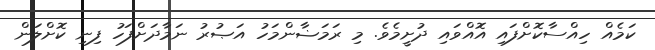
ކަމެއް ހިއްސާކޮށްފައި އޮއްވައި ދުށީމެވެ. މި ރަމަޟާންމަހު އަޞުރު ނަމާދަށްފަހު ފިނި ކޮށްލަން